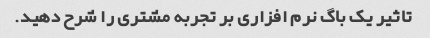
تاثیر یک باگ نرم افزاری بر تجربه مشتری را شرح دهید.